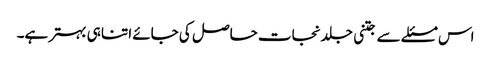
اس مسئلے سے جتنی جلد نجات حاصل کی جائے اتنا ہی بہتر ہے۔